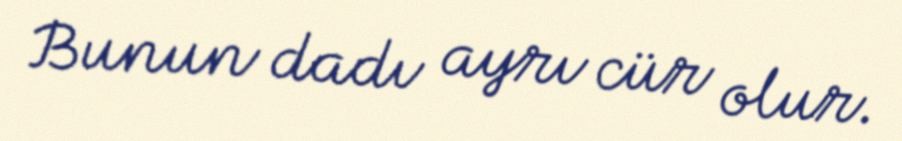
Bunun dadı ayrı cür olur.